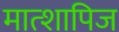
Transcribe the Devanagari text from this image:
मात्शापिज